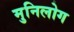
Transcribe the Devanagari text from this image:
मुनिलोग